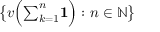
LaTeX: { \big \{ } v { \Big ( } { \textstyle \sum _ { k = 1 } ^ { n } } \mathbf { 1 } { \Big ) } : n \in \mathbb { N } { \big \} }